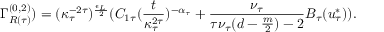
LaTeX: \Gamma _ { R ( \tau ) } ^ { ( 0 , 2 ) } ) = ( \kappa _ { \tau } ^ { - 2 \tau } ) ^ { \frac { \epsilon _ { L } } { 2 } } ( C _ { 1 \tau } ( \frac { t } { \kappa _ { \tau } ^ { 2 \tau } } ) ^ { - \alpha _ { \tau } } + \frac { \nu _ { \tau } } { \tau \nu _ { \tau } ( d - \frac { m } { 2 } ) - 2 } B _ { \tau } ( u _ { \tau } ^ { * } ) ) .